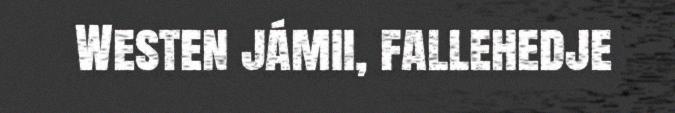
Westen jámii, fallehedje